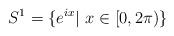
LaTeX: \begin{align*}S^{1}=\{e^{ix}\vert \, \, x\in [0,2\pi )\}\end{align*}